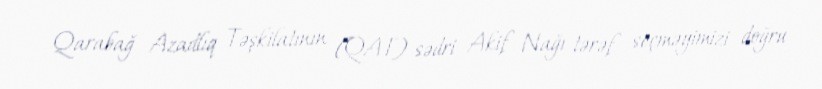
Qarabağ Azadlıq Təşkilatının (QAT) sədri Akif Nağı tərəf seçməyimizi doğru